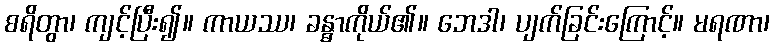
စရိတွာ၊ ကျင့်ပြီး၍။ ကာယဿ၊ ခန္ဓာကိုယ်၏။ ဘေဒါ၊ ပျက်ခြင်းကြောင့်။ မရဏာ၊